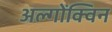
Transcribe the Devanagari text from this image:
अल्गोंक्विन